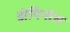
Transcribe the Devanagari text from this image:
डोमिनोस